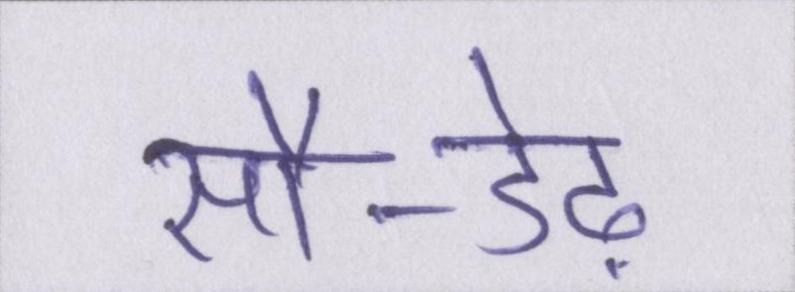
सौ-डेढ़